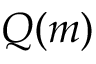
Q ( m )